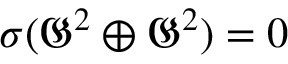
\sigma ( { \mathfrak { G } } ^ { 2 } \oplus { \mathfrak { G } } ^ { 2 } ) = 0